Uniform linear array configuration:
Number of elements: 32
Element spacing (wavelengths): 0.75
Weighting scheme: cosine
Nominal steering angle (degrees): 45
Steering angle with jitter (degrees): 43.084
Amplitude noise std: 0.05
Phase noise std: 0.05

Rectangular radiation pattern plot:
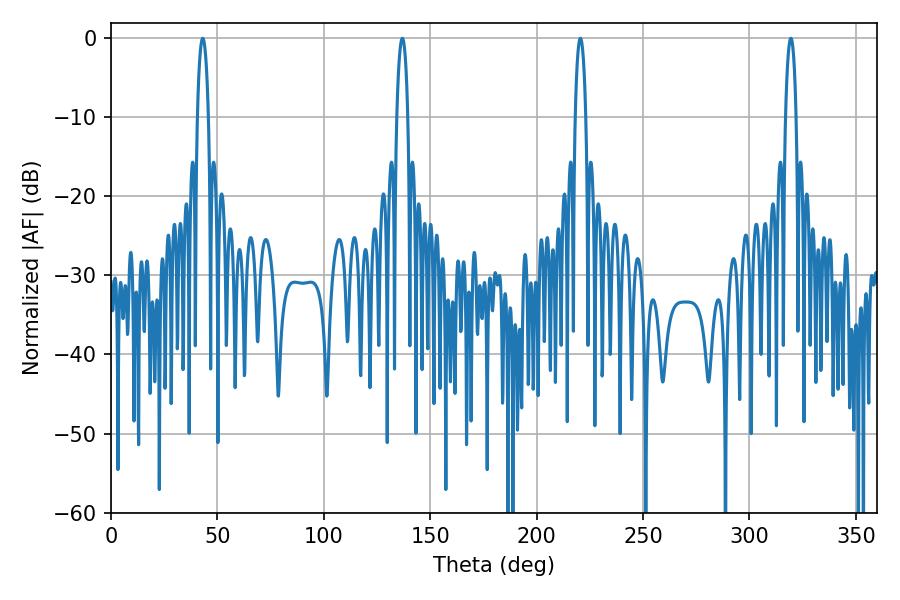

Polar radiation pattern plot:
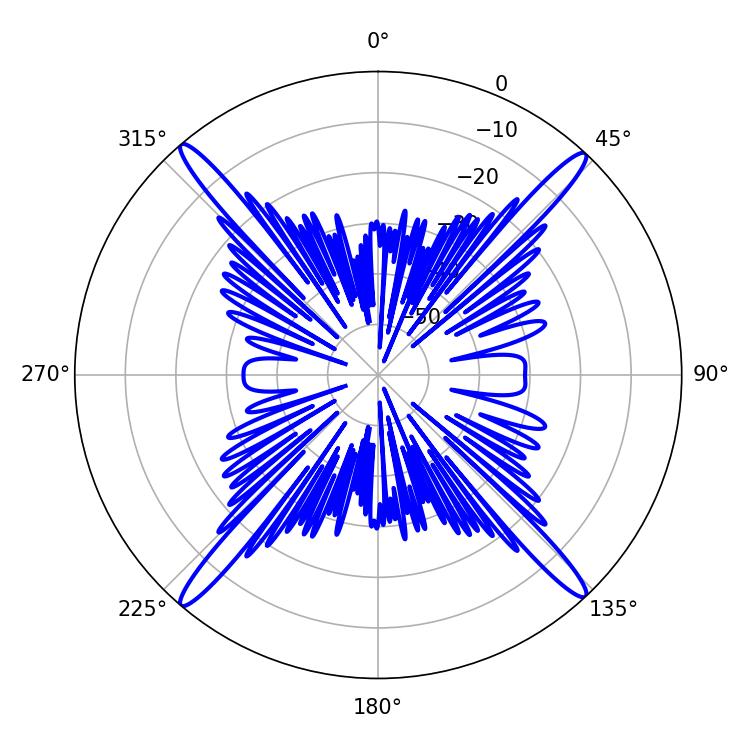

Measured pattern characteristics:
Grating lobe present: TRUE
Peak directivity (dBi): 24.5
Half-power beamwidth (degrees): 2.7
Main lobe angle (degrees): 220.5